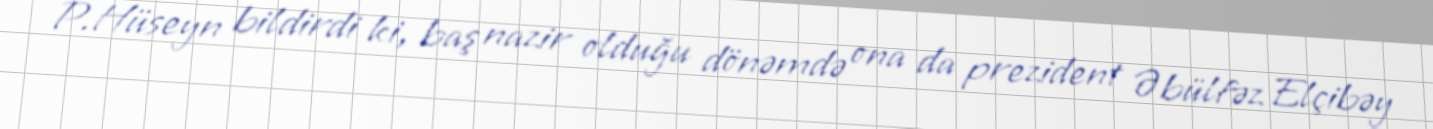
P.Hüseyn bildirdi ki, baş nazir olduğu dönəmdə ona da prezident Əbülfəz Elçibəy